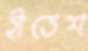
হীতেশ